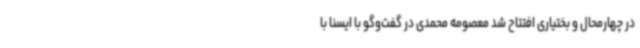
در چهارمحال و بختیاری افتتاح شد معصومه محمدی در گفت‌وگو با ایسنا با